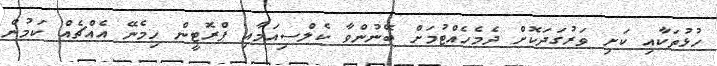
ހުޅުތަކާއި ކަށި ވަރުގަދަކޮށް ދެމެހެއްޓުމަށް ބޭނުންވާ ކެލްސިއަމާއި ޕްރޮޓީން ހިމެނޭ އެއްޗެއް ކަމުން